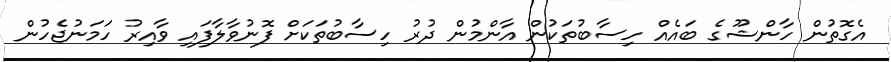
އެގޮތުން ހާންޝޫގެ ބައެއް ހިސާބުތަކުން އާންމުން ދުރު ހިސާބުތަކަށް ފޮނުވާލާފައި ވާއިރު ހަމަނުޖެހުން